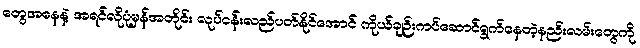
တွေအနေနဲ့ အရင်လိုပုံမှန်အတိုင်း လုပ်ငန်းလည်ပတ်နိုင်အောင် ကိုယ်ချဉ်းကပ်ဆောင်ရွက်နေတဲ့နည်းလမ်းတွေကို